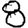
Digit: 8